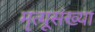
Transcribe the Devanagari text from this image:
मृत्यूसंख्या